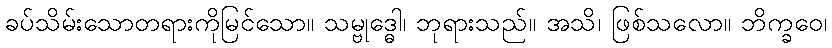
ခပ်သိမ်းသောတရားကိုမြင်သော။ သမ္ဗုဒ္ဓေါ၊ ဘုရားသည်။ အသိ၊ ဖြစ်သလော။ ဘိက္ခဝေ၊